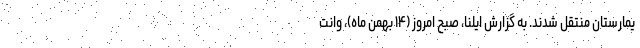
یمارستان منتقل شدند. به گزارش ایلنا، صبح امروز (۱۴ بهمن ماه)، وانت